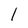
Character: 1